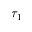
\tau _ { 1 }